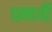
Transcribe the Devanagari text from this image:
धनार्थी